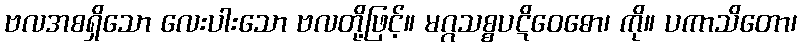
ဗလအစရှိသော လေးပါးသော ဗလတို့ဖြင့်။ မဂ္ဂသစ္စပဋိဝေဓော၊ ကို။ ပကာသိတော၊